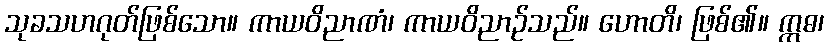
သုခသဟဂုတ်ဖြစ်သော။ ကာယဝိညာဏံ၊ ကာယဝိညာဉ်သည်။ ဟောတိ၊ ဖြစ်၏။ ဣဓ၊